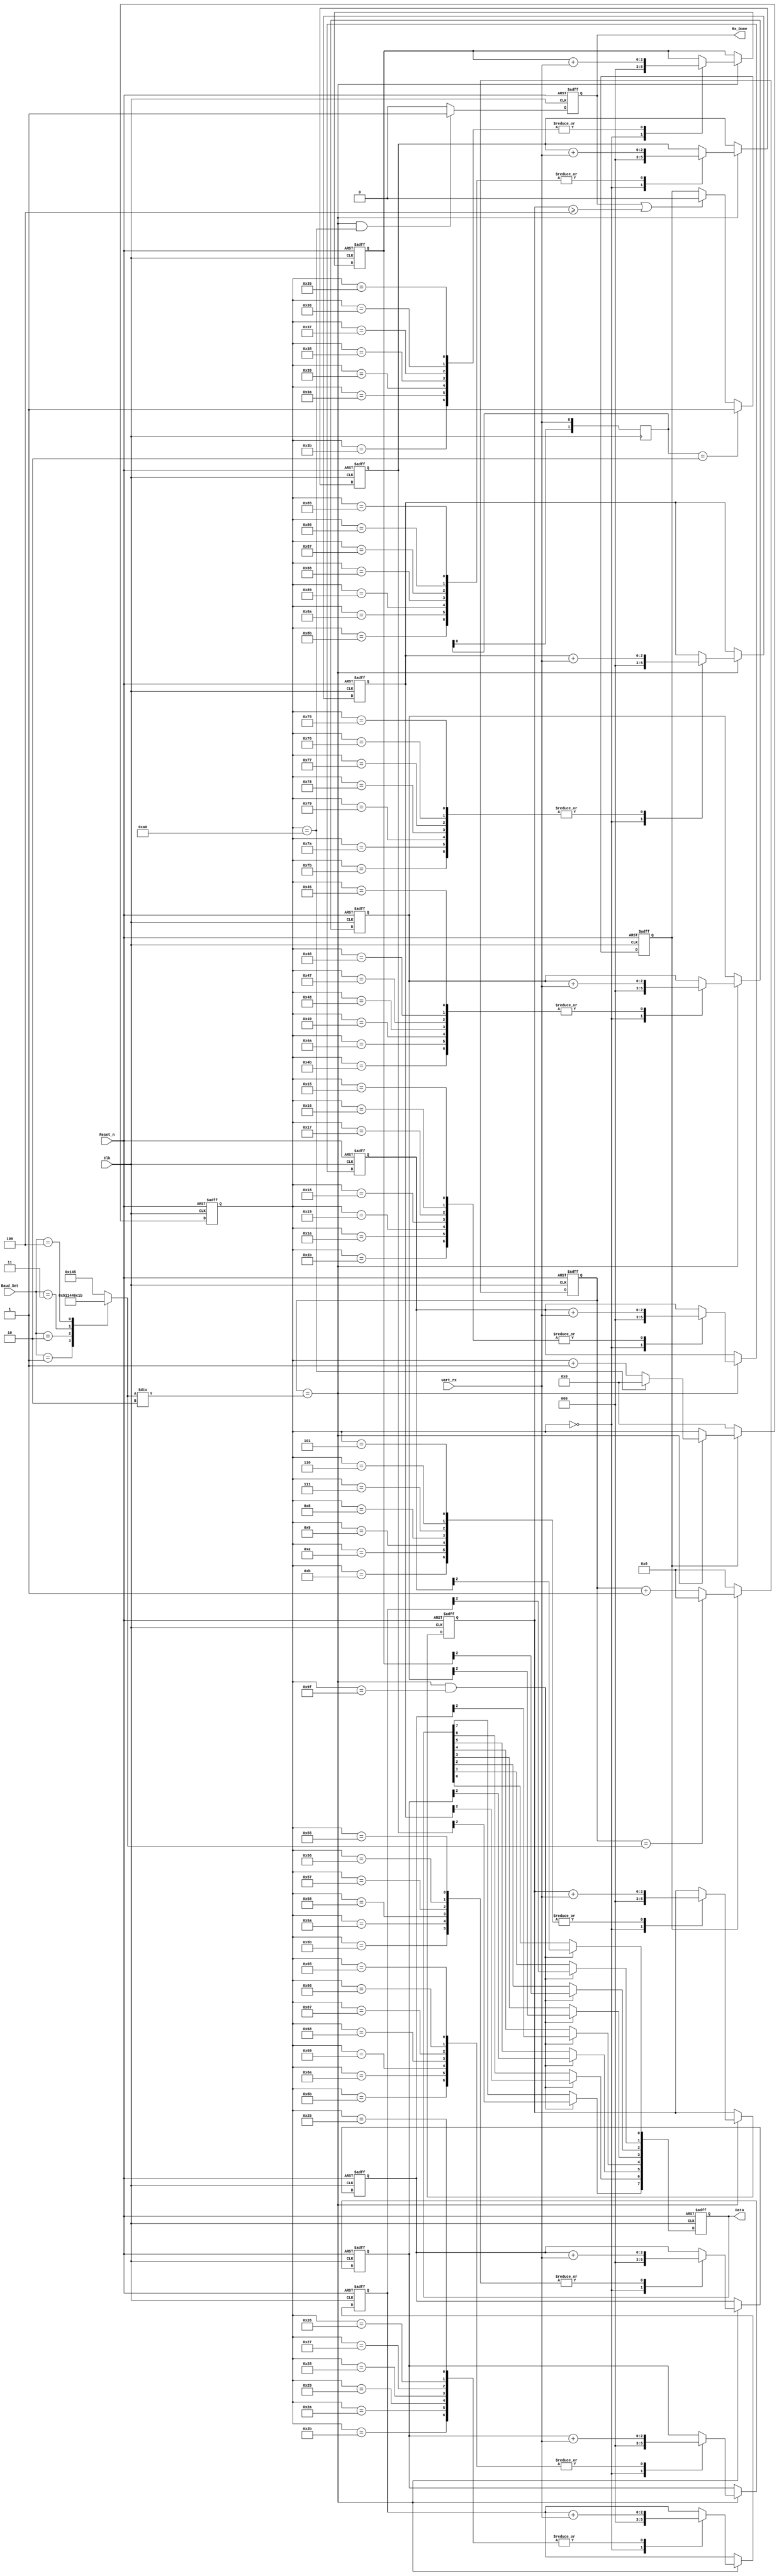
module uart_byte_rx (
    Clk,
    Reset_n,
    Baud_Set,
    uart_rx,
    Data,
    Rx_Done
);
  input Clk;
  input Reset_n;
  input [2:0] Baud_Set;
  input uart_rx;
  output reg [7:0] Data;
  output reg Rx_Done;


  //两个D触发器 边沿检测
  reg [1:0] usart_rx_r;
  always @(posedge Clk) begin
    usart_rx_r[0] <= uart_rx;
    usart_rx_r[1] <= usart_rx_r[0];
  end
  wire pedge_usart_tx;
  //assign pedge_usart_tx=(usart_rx_r[1]==0)&&(usart_rx_r[0]==1);

  assign pedge_usart_tx = (usart_rx_r == 2'b01);

  wire nedge_usart_tx;  //下降沿检测 先1后0
  //assign nedge_usart_tx=(usart_rx_r[1]==0)&&(usart_rx_r[0]==1);

  assign nedge_usart_tx = (usart_rx_r == 2'b10);


  reg [8:0] bps_DR;
  always @(*)
    case (Baud_Set)
      0: bps_DR = 1000000000 / 9600 / 16 / 20;
      1: bps_DR = 1000000000 / 19200 / 16 / 20;
      2: bps_DR = 1000000000 / 38400 / 16 / 20;
      3: bps_DR = 1000000000 / 57600 / 16 / 20;
      4: bps_DR = 1000000000 / 115200 / 16 / 20;
      default: bps_DR = 1000000000 / 9600 / 16 / 20;
    endcase

  wire bps_clk_16x;
  assign bps_clk_16x = (div_cnt == (bps_DR / 2));


  reg Rx_en;
  always @(posedge Clk or negedge Reset_n)
    if (!Reset_n) Rx_en <= 0;
    else if (nedge_usart_tx) Rx_en <= 1;
    else if (Rx_Done || (sta_data >= 4)) Rx_en <= 0;

  reg [8:0] div_cnt;
  always @(posedge Clk or negedge Reset_n)
    if (!Reset_n) div_cnt <= 0;
    else if (Rx_en) begin
      if (div_cnt == bps_DR) div_cnt <= 0;
      else div_cnt <= div_cnt + 1'b1;
    end else div_cnt <= 0;


  reg [7:0] bps_cnt;
  always @(posedge Clk or negedge Reset_n)
    if (!Reset_n) bps_cnt <= 0;
    else if (Rx_en) begin
      if (bps_clk_16x) begin
        if (bps_cnt == 160) bps_cnt <= 0;
        else bps_cnt <= bps_cnt + 1'b1;
      end else bps_cnt <= bps_cnt;
    end else bps_cnt <= 0;

  reg [2:0] r_data[7:0];
  reg [2:0] sta_data;
  reg [2:0] sto_data;
  always @(posedge Clk or negedge Reset_n)
    if (!Reset_n) begin
      sta_data  <= 0;
      sto_data  <= 0;
      r_data[0] <= 0;
      r_data[1] <= 0;
      r_data[2] <= 0;
      r_data[3] <= 0;
      r_data[4] <= 0;
      r_data[5] <= 0;
      r_data[6] <= 0;
      r_data[7] <= 0;
    end else if (bps_clk_16x) begin
      case (bps_cnt)
        0: begin
          sta_data  <= 0;
          sto_data  <= 0;
          r_data[0] <= 0;
          r_data[1] <= 0;
          r_data[2] <= 0;
          r_data[3] <= 0;
          r_data[4] <= 0;
          r_data[5] <= 0;
          r_data[6] <= 0;
          r_data[7] <= 0;
        end
        5, 6, 7, 8, 9, 10, 11: sta_data <= sta_data + uart_rx;
        21, 22, 23, 24, 25, 26, 27: r_data[0] <= r_data[0] + uart_rx;
        37, 38, 39, 40, 41, 42, 43: r_data[1] <= r_data[1] + uart_rx;
        53, 54, 55, 56, 57, 58, 59: r_data[2] <= r_data[2] + uart_rx;
        69, 70, 71, 72, 73, 74, 75: r_data[3] <= r_data[3] + uart_rx;
        85, 86, 87, 88, 87, 90, 91: r_data[4] <= r_data[4] + uart_rx;
        101, 102, 103, 104, 105, 106, 107: r_data[5] <= r_data[5] + uart_rx;
        117, 118, 119, 120, 121, 122, 123: r_data[6] <= r_data[6] + uart_rx;
        133, 134, 135, 136, 137, 138, 139: r_data[7] <= r_data[7] + uart_rx;
        149, 150, 151, 152, 153, 154, 155: sto_data <= sto_data + uart_rx;
        default: ;
      endcase
    end
  always @(posedge Clk or negedge Reset_n)
    if (!Reset_n) Data <= 0;
    else if (bps_clk_16x && (bps_cnt == 159)) begin
      Data[0] <= r_data[0][2];
      Data[1] <= r_data[1][2];
      Data[2] <= r_data[2][2];
      Data[3] <= r_data[3][2];
      Data[4] <= r_data[4][2];
      Data[5] <= r_data[5][2];
      Data[6] <= r_data[6][2];
      Data[7] <= r_data[7][2];
      //      Data[0] <= (r_data[0]>=4)? 1'b1: 1'b0;
      //      Data[1] <= (r_data[1]>=4)? 1'b1: 1'b0;
      //      Data[2] <= (r_data[2]>=4)? 1'b1: 1'b0;
      //      Data[3] <= (r_data[3]>=4)? 1'b1: 1'b0;
      //      Data[4] <= (r_data[4]>=4)? 1'b1: 1'b0;
      //      Data[5] <= (r_data[5]>=4)? 1'b1: 1'b0;
      //      Data[6] <= (r_data[6]>=4)? 1'b1: 1'b0;
      //      Data[7] <= (r_data[7]>=4)? 1'b1: 1'b0;
    end
  always @(posedge Clk or negedge Reset_n)
    if (!Reset_n) Rx_Done <= 0;
    else if (bps_clk_16x && (bps_cnt == 160)) Rx_Done <= 1;
    else Rx_Done <= 0;

endmodule